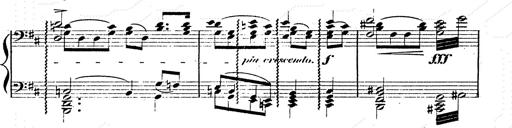
Title: Franz Schuberts geistliche Lieder
Composer: Franz Liszt